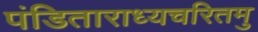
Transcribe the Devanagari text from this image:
पंडिताराध्यचरितमु